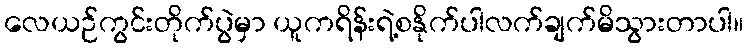
လေယဉ်ကွင်းတိုက်ပွဲမှာ ယူကရိန်းရဲ့စနိုက်ပါလက်ချက်မိသွားတာပါ။